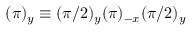
( \pi ) _ { y } \equiv ( \pi / 2 ) _ { y } ( \pi ) _ { - x } ( \pi / 2 ) _ { y }